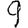
Digit: 9